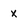
Character: X